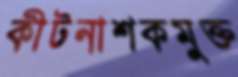
কীটনাশকমুক্ত